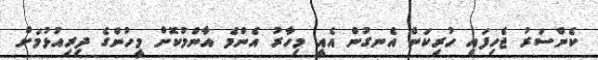
ކެންސަރު ޖެހިފައި ހުރިކަން އެނގުން އެއީ މިހާރު އެންމެ އާންމުކޮށް މީހުންގެ ދިރިއުޅުމަށް